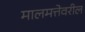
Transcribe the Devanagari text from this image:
मालमत्तेवरील